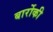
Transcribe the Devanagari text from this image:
बार्रोकी